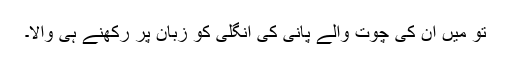
تو میں ان کی چوت والے پانی کی انگلی کو زبان پر رکھنے ہی والا۔